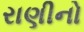
રાણીનો